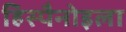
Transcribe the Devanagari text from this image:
हिस्पैनोइला